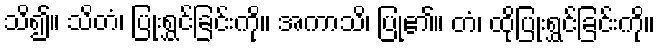
သိ၍။ သိတံ၊ ပြုံးရွှင်ခြင်းကို။ အကာသိ၊ ပြု၏။ တံ၊ ထိုပြုံးရွှင်ခြင်းကို။